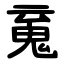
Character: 䰟